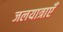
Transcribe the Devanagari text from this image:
जलयात्राएँ